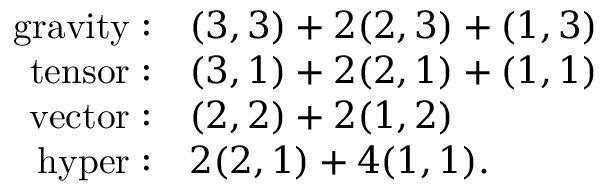
\begin{array} { r l } { { \mathrm { g r a v i t y } : } } & { { ( 3 , 3 ) + 2 ( 2 , 3 ) + ( 1 , 3 ) \nonumber } } \\ { { \mathrm { t e n s o r } : } } & { { ( 3 , 1 ) + 2 ( 2 , 1 ) + ( 1 , 1 ) \nonumber } } \\ { { \mathrm { v e c t o r } : } } & { { ( 2 , 2 ) + 2 ( 1 , 2 ) \nonumber } } \\ { { \mathrm { h y p e r } : } } & { { 2 ( 2 , 1 ) + 4 ( 1 , 1 ) . } } \end{array}